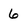
Character: 6